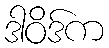
ဒါဝိဒ်က